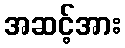
အဆင့်အား